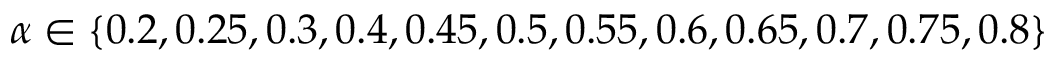
\alpha \in \{ 0 . 2 , 0 . 2 5 , 0 . 3 , 0 . 4 , 0 . 4 5 , 0 . 5 , 0 . 5 5 , 0 . 6 , 0 . 6 5 , 0 . 7 , 0 . 7 5 , 0 . 8 \}